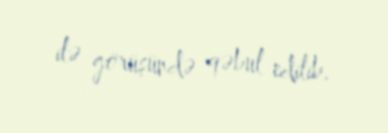
ilə görüşündə qəbul edilib.